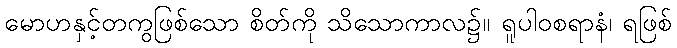
မောဟနှင့်တကွဖြစ်သော စိတ်ကို သိသောကာလ၌။ ရူပါဝစရာနံ၊ ရဖြစ်